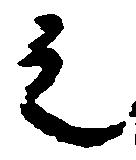
之